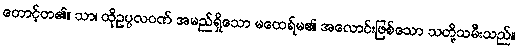
တောင့်တ၏။ သာ၊ ထိုဥပ္ပလဝဏ် အမည်ရှိသော မထေရ်မ၏ အလောင်းဖြစ်သော သတို့သမီးသည်။